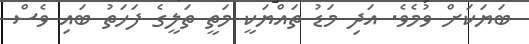
ބަޔަކަށް ވުމެވެ. އަދި މަޑު ތައްޔަކީ މަތީ ތަލީގެ ފަހަތު ބައި ވެސް